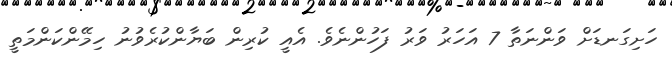
ހަށިގަނޑަށް ވަންނަތާ 7 އަހަރު ވަރު ފަހުންނެވެ. އެއީ ކުރިން ބަޔާންކުރެވުނު ހިމޭންކަންމަތީ